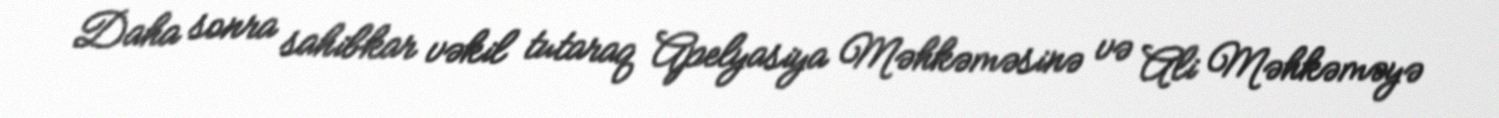
Daha sonra sahibkar vəkil tutaraq Apelyasiya Məhkəməsinə və Ali Məhkəməyə